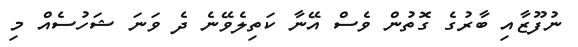
ނުފޫޒާއި ބާރުގެ ގޮތުން ވެސް އޭނާ ކަތިލެވޭނެ ދެ ވަނަ ޝަހުސެއް މި